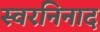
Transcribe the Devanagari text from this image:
स्वरनिनाद